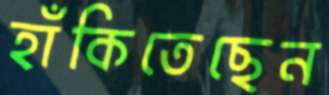
হাঁকিতেছেন